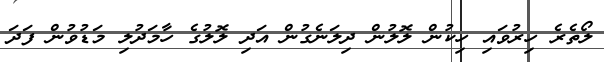
ލޯތެރެ ހިރުވައި ހިކުން ލޮލުން ދިލަނެގުން އަދި ލޮލުގެ ހާމަދުލި މަޑުވުން ފަދަ